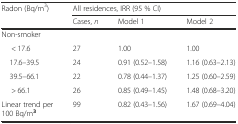
<table><thead><tr><td rowspan="2"><b>Radon (Bq/m<sup>3</sup>)</b></td><td colspan="3"><b>All residences, IRR (95 % CI)</b></td></tr><tr><td><b>Cases, <i>n</i></b></td><td><b>Model 1</b></td><td><b>Model 2</b></td></tr></thead><tbody><tr><td colspan="4">Non-smoker</td></tr><tr><td>&lt; 17.6</td><td>27</td><td>1.00</td><td>1.00</td></tr><tr><td> 17.6–39.5</td><td>24</td><td>0.91 (0.52–1.58)</td><td>1.16 (0.63–2.13)</td></tr><tr><td> 39.5–66.1</td><td>22</td><td>0.78 (0.44–1.37)</td><td>1.25 (0.60–2.59)</td></tr><tr><td>&gt; 66.1</td><td>26</td><td>0.85 (0.49–1.45)</td><td>1.48 (0.68–3.20)</td></tr><tr><td>Linear trend per 100 Bq/m<sup><b>3</b></sup></td><td>99</td><td>0.82 (0.43–1.56)</td><td>1.67 (0.69–4.04)</td></tr></tbody></table>